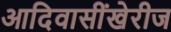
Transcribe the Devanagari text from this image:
आदिवासींखेरीज